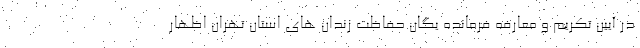
در آیین تکریم و معارفه فرمانده یگان حفاظت زندان های استان تهران اظهار